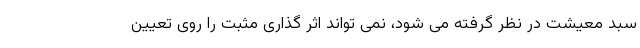
سبد معیشت در نظر گرفته می شود، نمی تواند اثر گذاری مثبت را روی تعیین